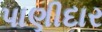
પાણીદાર